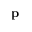
\mathbf { p }